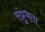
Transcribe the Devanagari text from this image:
संप्रुभता